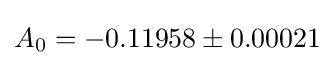
A_{0}=-0.11958\pm 0.00021